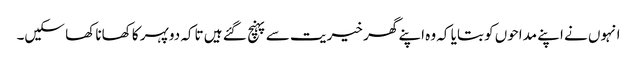
انہوں نے اپنے مداحوں کو بتایا کہ وہ اپنے گھر خیریت سے پہنچ گئے ہیں تاکہ دوپہر کا کھانا کھا سکیں۔